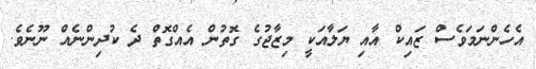
އެހެންނަމަވެސް ޒައިކް އާއި ޔަލާއަކީ މިޒާޖުގެ ގޮތުން އެއްގޮތް ދެ ކުދިންނެއް ނޫނެވެ.